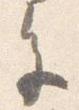
色